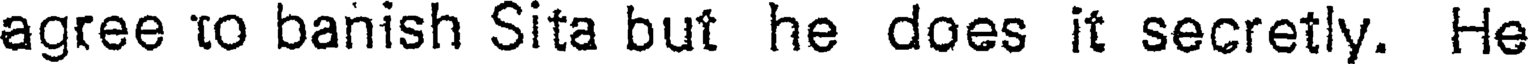
agree to banish Sita but he does it secretly. He